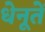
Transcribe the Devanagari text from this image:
धेनूतें